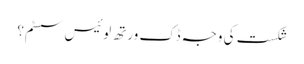
شکست کی وجہ ڈک ورتھ لوئیس سسٹم؟